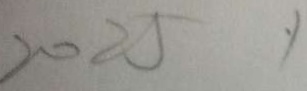
2 0 2 5 y